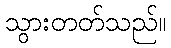
သွားတတ်သည်။